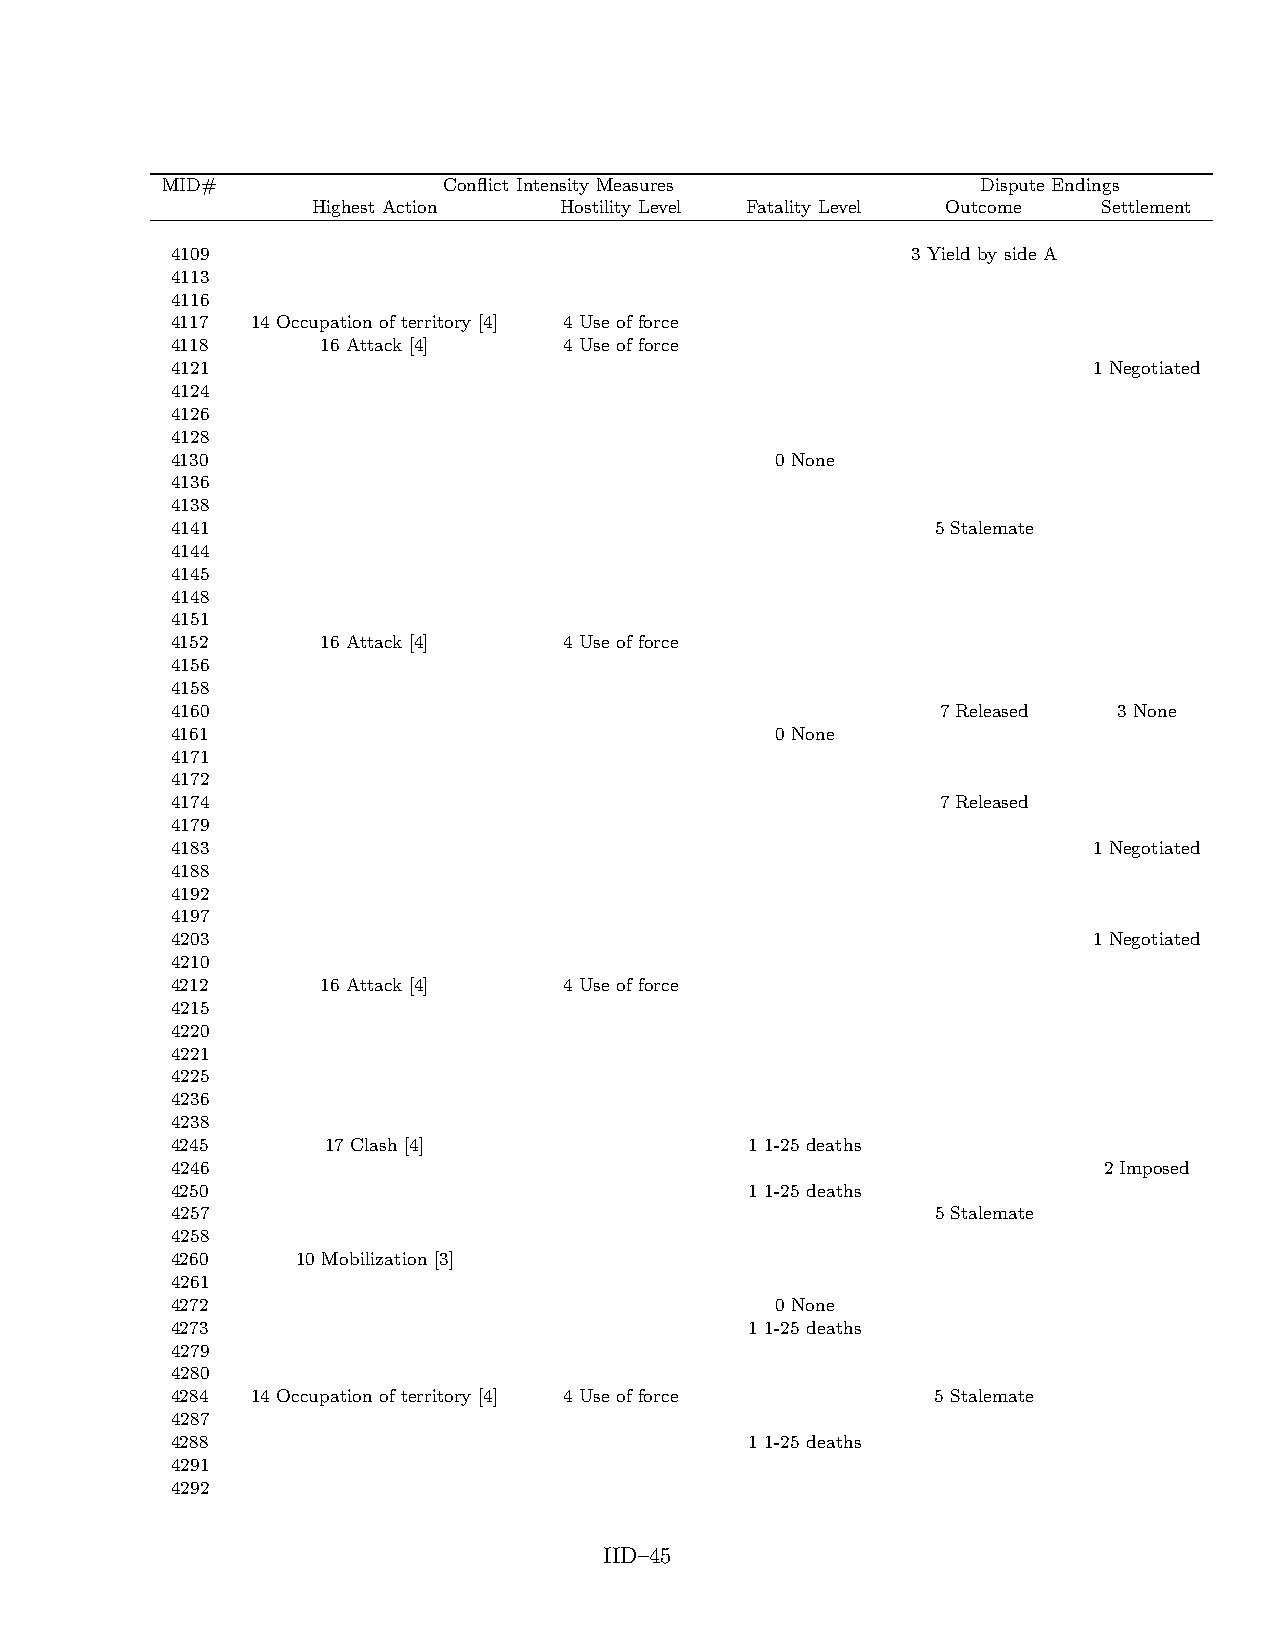
MID#              Conflict Intensity Measures         Dispute Endings
 Highest Action  Hostility Level Fatality Level Outcome Settlement
 4109                                             3 Yield by side A
 4113
 4116
 4117  14 Occupation of territory [4] 4 Use of force
 4118      16 Attack [4]   4 Use of force
 4121                                                         1 Negotiated
 4124
 4126
 4128
 4130                                    0 None
 4136
 4138
 4141                                               5 Stalemate
 4144
 4145
 4148
 4151
 4152      16 Attack [4]   4 Use of force
 4156
 4158
 4160                                               7 Released  3 None
 4161                                    0 None
 4171
 4172
 4174                                               7 Released
 4179
 4183                                                         1 Negotiated
 4188
 4192
 4197
 4203                                                         1 Negotiated
 4210
 4212      16 Attack [4]   4 Use of force
 4215
 4220
 4221
 4225
 4236
 4238
 4245       17 Clash [4]                1 1-25 deaths
 4246                                                          2 Imposed
 4250                                   1 1-25 deaths
 4257                                               5 Stalemate
 4258
 4260     10 Mobilization [3]
 4261
 4272                                    0 None
 4273                                   1 1-25 deaths
 4279
 4280
 4284  14 Occupation of territory [4] 4 Use of force 5 Stalemate
 4287
 4288                                   1 1-25 deaths
 4291
 4292
 IID–45